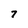
Character: 7